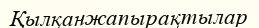
Қылқанжапырақтылар